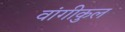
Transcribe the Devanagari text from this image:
वांगीकुल